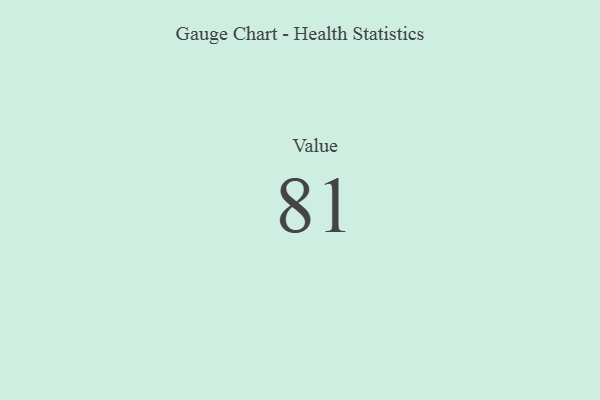
{"axis": {"x": "Metric", "y": "Value"}, "legend": [""], "data": [{"x": "Value", "y": 81, "type": ""}]}